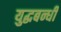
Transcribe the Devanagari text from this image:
युद्धबन्धी